Report on vaccination in Madras 1904-1921 - 1904-1921
Year: 1904
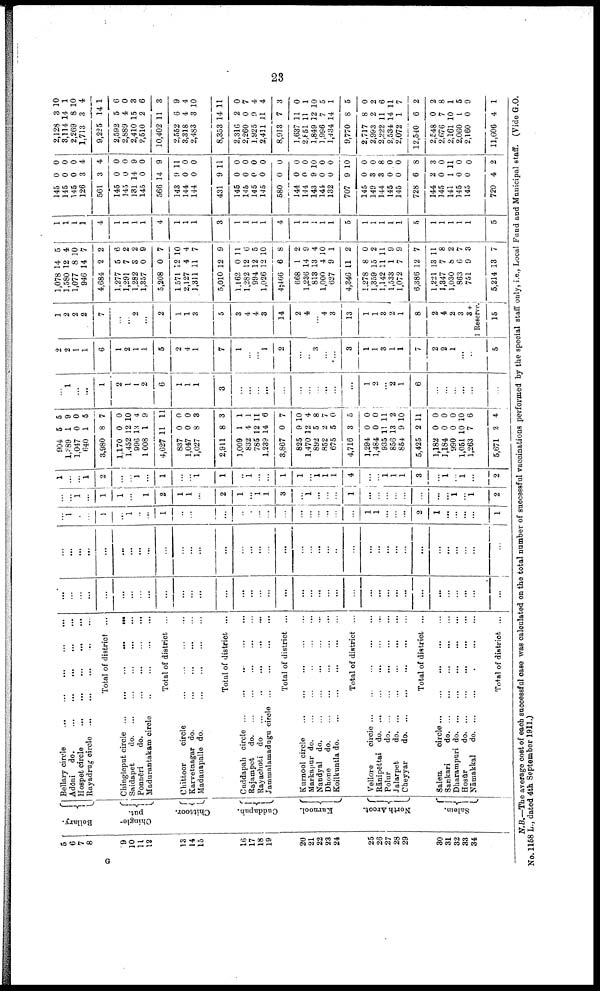
23
5
6
7
8
9
10
11
12
13
14
15
16
17
18
19
20
21
22
23
24
25
26
27
28
29
30
31
32
33
34
Bellary.
Chingle-
put.
Chittoor.
Cuddapah.
Kurnool.
North Arcot.
Salem.
Bellary circle
...
...
...
...
...
Adōni
do.
...
...
...
...
...
Hospet circle
...
...
...
...
...
Rayadrug circle
...
...
...
...
...
Total of district ...
Chingleput circle
...
...
...
...
...
Saidapet
do.
...
...
...
...
...
Ponnēri
do.
...
...
...
...
Madurantakam circle
...
...
...
...
Total of district ...
Chittoor
circle
...
...
...
...
Karvetnagar do.
...
...
...
...
Madauapalle do.
...
...
...
...
Total of district ...
Cuddapah circle
...
...
...
...
...
Rajampet
do. ... ... ... ... ...
Rayachoti do
...
...
...
...
...
Jammalamadugu circle ... ... ... ... ...
Total of district ...
Kurnool circle
...
...
...
...
...
Markapur do
...
...
...
...
...
Nandyal do
...
...
...
...
...
Dhone
d
o
. ... ... ... ... ...
Koilkuntla d
o
. ... ... ... ... ...
Total of district ...
Vellore
circle
...
...
...
...
...
Rānipēttai d
o
. ... ... ... ... ...
Polur
d
o
. ... ... ... ... ...
Jalarpet
d
o
. ... ... ... ... ...
Cheyyar
do. ... ... ... ... ...
Total of district ...
Salem.
circle
...
...
...
...
...
Sankari
d
o
. ... ... ... ... ...
Dharampuri d
o
. ... ... ... ... ...
Hosūr
d
o
. ... ... ... ... ...
Nāmakkal
d
o
. ... ... ... ... ...
Total of district ...
...
...
...
...
...
...
...
...
...
...
...
...
...
...
...
...
...
...
...
...
...
...
...
...
...
...
...
...
...
...
...
...
...
...
...
...
...
...
...
...
...
...
...
...
...
...
...
...
...
...
...
...
...
...
...
...
...
...
...
...
...
...
...
...
...
...
...
...
...
...
...
...
...
...
...
1
...
...
1
...
1
...
...
1
...
...
...
...
...
...
...
...
...
...
...
...
...
...
...
1
1
...
...
...
2
1
...
...
...
...
1
...
...
1
...
1
1
...
...
1
2
1
1
...
2
1
...
1
1
3
...
1
...
...
...
1
...
...
...
...
...
...
...
...
1
...
1
2
1
...
...
1
2
...
...
1
...
1
...
...
1
1
...
1
...
...
1
1
...
1
1
1
4
...
...
1
1
1
3
...
1
...
1
...
2
904
1,389
1,047
640
3,980
1,170
1,452
996
1,008
4,627
837
1,047
1,027
2,911
1,009
832
785
1,239
3,867
825
1,470
892
852
675
4,716
1,294
1,484
935
856
854
5,425
1,182
1,184
990
1,051
1,263
5,671
5
1
0
1
8
0
12
13
1
11
0
0
8
8
1
4
12
14
0
9
12
5
2
5
3
0
0
11
13
9
2
0
0
0
10
7
2
5
9
0
5
7
0
10
4
9
11
0
0
3
3
1
1
11
6
7
10
4
8
7
0
5
0
0
11
2
10
11
0
0
0
10
6
4
...
1
...
...
1
2
1
1
2
6
1
1
1
3
...
...
...
...
...
...
...
...
...
...
...
1
2
...
2
1
6
...
...
...
...
...
...
2
2
1
1
6
1
2
1
1
5
2
4
1
7
1
...
...
1
2
...
...
3
...
...
3
1
1
3
1
1
7
2
2
1
...
...
5
1
2
2
2
7
...
...
2
...
2
1
1
3
5
3
4
4
3
14
2
4
...
4
3
13
1
1
3
2
1
8
2
4
2
3
3 +
1 Reserve.
15
1,078
1,580
1,077
946
4,684
1,277
1,291
1,282
1,357
5,208
1,571
2,127
1,311
5,010
1,162
1,282
994
1,026
4,466
668
1,236
813
1,000
627
4,346
1,278
1,359
1,142
1,533
1,072
6,386
1,221
1,347
1,030
863
751
5,214
14
12
8
14
2
5
7
3
0
0
12
4
11
12
0
12
12
12
6
1
14
13
4
9
11
8
15
11
1
7
12
13
7
8
6
9
13
5
4
10
7
2
6
2
2
9
7
10
4
7
9
11
6
5
10
8
2
9
4
10
1
2
0
2
11
9
9
7
11
8
2
7
3
7
1
1
1
1
4
1
1
1
1
4
1
1
1
3
1
1
1
1
4
1
1
1
1
1
5
1
1
1
1
1
5
1
1
1
1
1
5
145
145
145
126
561
145
145
131
145
566
143
144
144
431
145
145
145
145
580
144
144
143
141
132
707
145
149
144
145
145
728
144
145
141
145
145
720
0
0
0
3
3
0
0
14
0
14
9
0
0
9
0
0
0
0
0
0
0
9
0
0
9
0
3
3
0
0
6
2
0
1
0
0
4
0
0
0
4
4
0
0
9
0
9
11
0
0
11
0
0
0
0
0
0
0
10
0
0
10
0
0
8
0
0
8
3
0
11
0
0
2
2,128
3,114
2,269
1,713
9,225
2,592
2,889
2,410
2,510
10,402
2,552
3,318
2,483
8,353
2,316
2,260
1,925
2,411
8,913
1,637
2,851
1,849
1,996
1,434
9,770
2,717
2,993
2,222
2,534
2,072
12,540
2,548
2,676
2,161
2,060
2,160
11,606
3
14
8
3
14
5
4
15
2
11
6
4
3
14
2
0
9
11
7
11
11
12
7
14
8
8
2
11
14
1
6
0
7
10
1
0
4
10
1
10
4
1
6
0
3
6
3
9
4
10
11
0
7
4
4
3
0
1
10
5
1
5
0
2
6
11
7
2
2
8
1
5
9
1
N.B.—The average cost of each successful case was calculated on the total number of successful vaccinations performed by the special staff only, i.e., Local Fund and Municipal staff. (Vide G.O.
No. 1158 L., dated 4th September 1911.)
G